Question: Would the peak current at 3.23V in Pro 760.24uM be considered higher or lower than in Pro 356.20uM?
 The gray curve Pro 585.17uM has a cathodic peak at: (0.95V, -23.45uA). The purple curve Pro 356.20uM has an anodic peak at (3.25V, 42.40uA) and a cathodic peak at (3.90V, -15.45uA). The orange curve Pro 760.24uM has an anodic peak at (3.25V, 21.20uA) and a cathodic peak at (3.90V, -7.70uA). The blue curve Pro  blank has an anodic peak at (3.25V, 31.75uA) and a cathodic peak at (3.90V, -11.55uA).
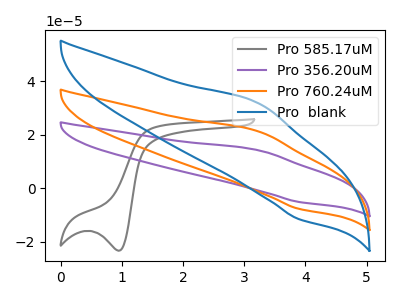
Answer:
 <answer>The peak at 3.23V is lower in "Pro 760.24uM" than in "Pro 356.20uM".</answer>
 <eval>lower</eval>